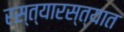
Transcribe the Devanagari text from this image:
रस्त्यारस्त्यात